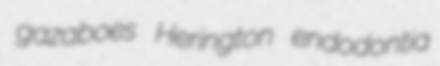
gazaboes Herington endodontia